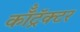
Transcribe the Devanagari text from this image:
कॉँट्रॅक्टर